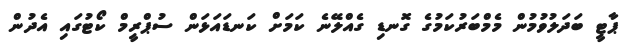
ޕާޓީ ބަދަލުވުމުން މެމްބަރުކަމުގެ ގޮނޑި ގެެއްލޭނެ ކަމަށް ކަނޑައަޅަން ސުޕްރީމް ކޯޓުގައި އެދުން